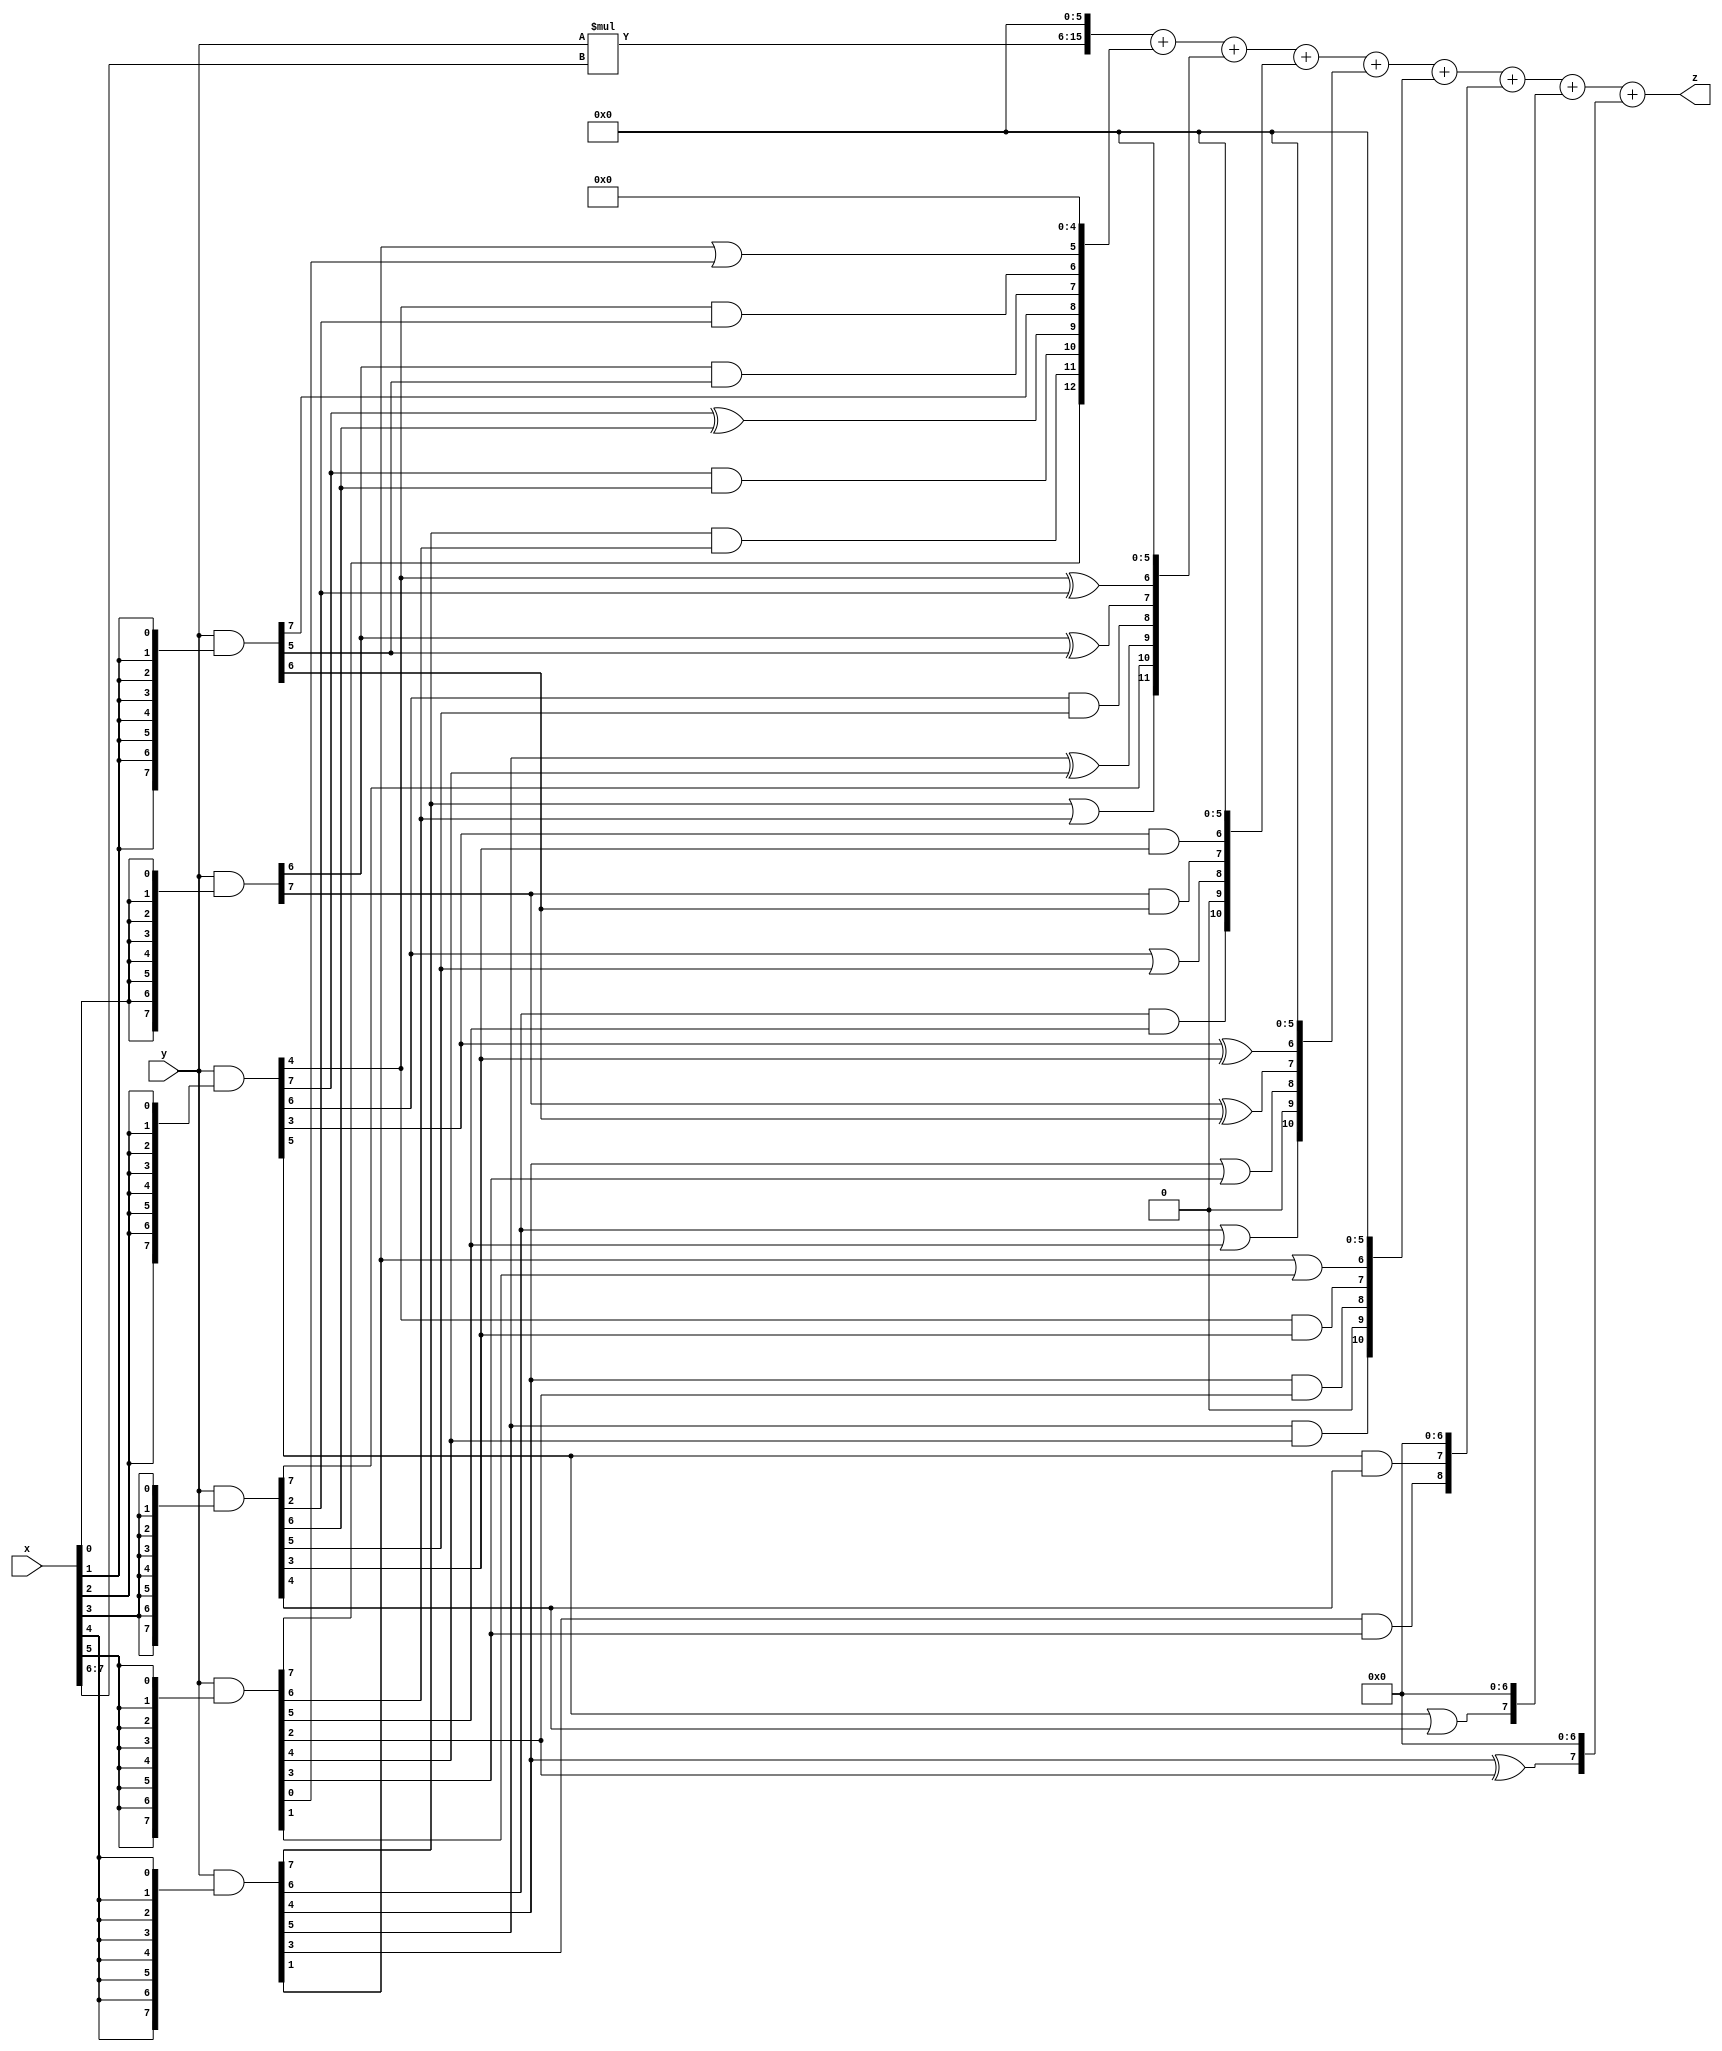
// terms: 30
// fval:  21950.25

module unsigned_exchange_8x8_l6_lamb500_9 (
	input [7:0] x,
	input [7:0] y,
	output [15:0] z
);

wire [7:0] part1 =  y & {8{x[0]}};
wire [7:0] part2 =  y & {8{x[1]}};
wire [7:0] part3 =  y & {8{x[2]}};
wire [7:0] part4 =  y & {8{x[3]}};
wire [7:0] part5 =  y & {8{x[4]}};
wire [7:0] part6 =  y & {8{x[5]}};
wire [7:0] part7 =  y & {8{x[6]}};
wire [7:0] part8 =  y & {8{x[7]}};

wire [12:0] new_part1;
assign new_part1[0] = 0;
assign new_part1[1] = 0;
assign new_part1[2] = 0;
assign new_part1[3] = 0;
assign new_part1[4] = 0;
assign new_part1[5] = part5[1] | part6[0];
assign new_part1[6] = part3[4] & part4[2];
assign new_part1[7] = part1[6] & part2[5];
assign new_part1[8] = part2[7];
assign new_part1[9] = part3[7] ^ part4[6];
assign new_part1[10] = part3[7] & part4[6];
assign new_part1[11] = part5[7] & part6[6];
assign new_part1[12] = part6[7];

wire [11:0] new_part2;
assign new_part2[0] = 0;
assign new_part2[1] = 0;
assign new_part2[2] = 0;
assign new_part2[3] = 0;
assign new_part2[4] = 0;
assign new_part2[5] = 0;
assign new_part2[6] = part3[4] ^ part4[2];
assign new_part2[7] = part1[6] ^ part2[5];
assign new_part2[8] = part3[6] & part4[5];
assign new_part2[9] = part5[5] ^ part6[4];
assign new_part2[10] = part4[7];
assign new_part2[11] = part5[7] | part6[6];

wire [10:0] new_part3;
assign new_part3[0] = 0;
assign new_part3[1] = 0;
assign new_part3[2] = 0;
assign new_part3[3] = 0;
assign new_part3[4] = 0;
assign new_part3[5] = 0;
assign new_part3[6] = part3[3] & part4[3];
assign new_part3[7] = part1[7] & part2[6];
assign new_part3[8] = part3[6] | part4[5];
assign new_part3[9] = 0;
assign new_part3[10] = part5[6] & part6[5];

wire [10:0] new_part4;
assign new_part4[0] = 0;
assign new_part4[1] = 0;
assign new_part4[2] = 0;
assign new_part4[3] = 0;
assign new_part4[4] = 0;
assign new_part4[5] = 0;
assign new_part4[6] = part3[3] ^ part4[3];
assign new_part4[7] = part1[7] ^ part2[6];
assign new_part4[8] = part5[4] | part6[3];
assign new_part4[9] = 0;
assign new_part4[10] = part5[6] | part6[5];

wire [10:0] new_part5;
assign new_part5[0] = 0;
assign new_part5[1] = 0;
assign new_part5[2] = 0;
assign new_part5[3] = 0;
assign new_part5[4] = 0;
assign new_part5[5] = 0;
assign new_part5[6] = part5[1] | part6[1];
assign new_part5[7] = part3[4] & part4[3];
assign new_part5[8] = part5[4] & part6[2];
assign new_part5[9] = 0;
assign new_part5[10] = part5[5] & part6[4];

wire [8:0] new_part6;
assign new_part6[0] = 0;
assign new_part6[1] = 0;
assign new_part6[2] = 0;
assign new_part6[3] = 0;
assign new_part6[4] = 0;
assign new_part6[5] = 0;
assign new_part6[6] = 0;
assign new_part6[7] = part3[5] & part4[4];
assign new_part6[8] = part5[3] & part6[3];

wire [7:0] new_part7;
assign new_part7[0] = 0;
assign new_part7[1] = 0;
assign new_part7[2] = 0;
assign new_part7[3] = 0;
assign new_part7[4] = 0;
assign new_part7[5] = 0;
assign new_part7[6] = 0;
assign new_part7[7] = part3[5] | part4[4];

wire [7:0] new_part8;
assign new_part8[0] = 0;
assign new_part8[1] = 0;
assign new_part8[2] = 0;
assign new_part8[3] = 0;
assign new_part8[4] = 0;
assign new_part8[5] = 0;
assign new_part8[6] = 0;
assign new_part8[7] = part5[4] ^ part6[2];

wire [9:0] tmp_z = y*x[7:6];

assign z = {tmp_z, 6'd 0} + new_part1 + new_part2 + new_part3 + new_part4 + new_part5 + new_part6 + new_part7 + new_part8;

endmodule